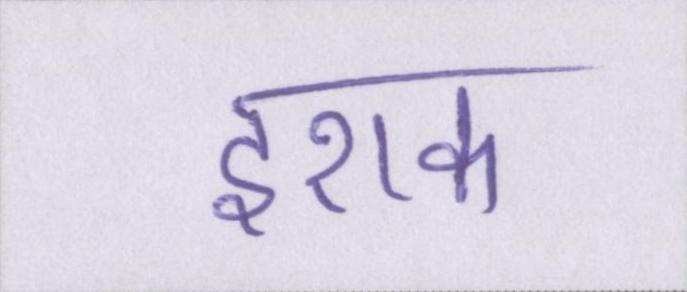
इराक